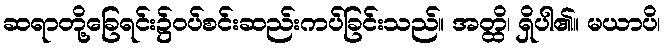
ဆရာတို့ခြေရင်း၌ဝပ်စင်းဆည်းကပ်ခြင်းသည်။ အတ္ထိ၊ ရှိပါ၏။ မယာပိ၊